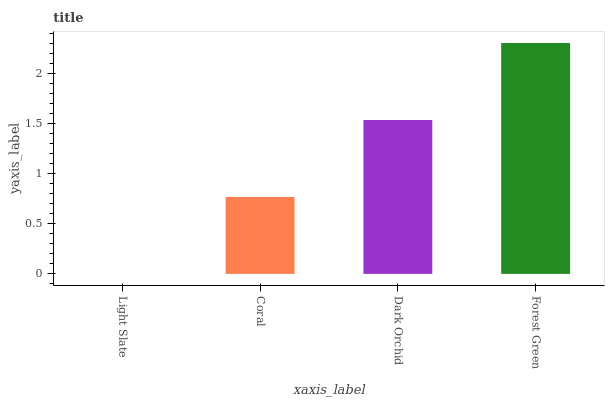
| xaxis_label | bars |
 | --- | --- |
 | Light Slate | 0 |
 | Coral | 0.768 |
 | Dark Orchid | 1.54 |
 | Forest Green | 2.3 |